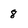
Character: 8